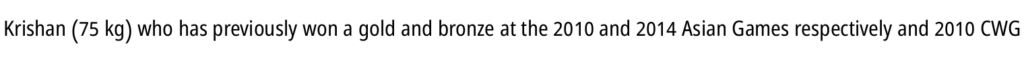
Krishan (75 kg) who has previously won a gold and bronze at the 2010 and 2014 Asian Games respectively and 2010 CWG